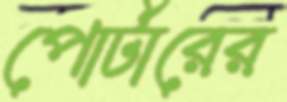
পোর্টারের